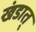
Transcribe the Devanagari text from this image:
खंडात्